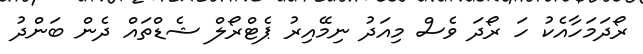
ރޯދަމަހާއެކު ހަ ރޯދަ ވެސް މިއަދު ނިމޭއިރު ޕެޓްރޯލް ޝެޑްތައް ދެން ބަންދު